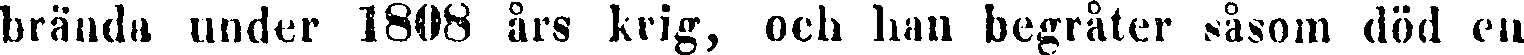
brända under 1808 års krig, och han begråter såsom död en